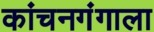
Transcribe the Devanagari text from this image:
कांचनगंगाला